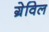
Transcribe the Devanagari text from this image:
ग्रेविल